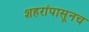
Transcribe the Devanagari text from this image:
शहरांपासूनच